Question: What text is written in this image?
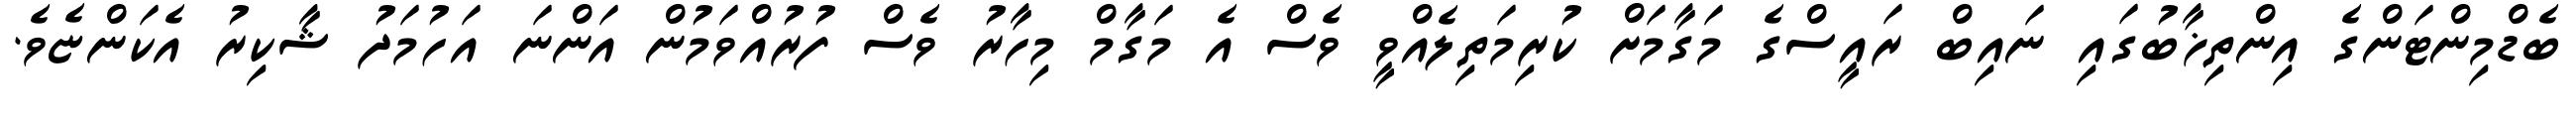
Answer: ބެޑްމިންޓަންގެ އިންތިޚާބުގައި ނައިބް ރައީސްގެ މަގާމަށް ކުރިމަތިލެއްވީ ވެސް އެ މަގާމް މިހާރު ވެސް ފުރުއްވަމުން އަންނަ އަހުމަދު ޝާކިރު އެކަންޏެވެ.